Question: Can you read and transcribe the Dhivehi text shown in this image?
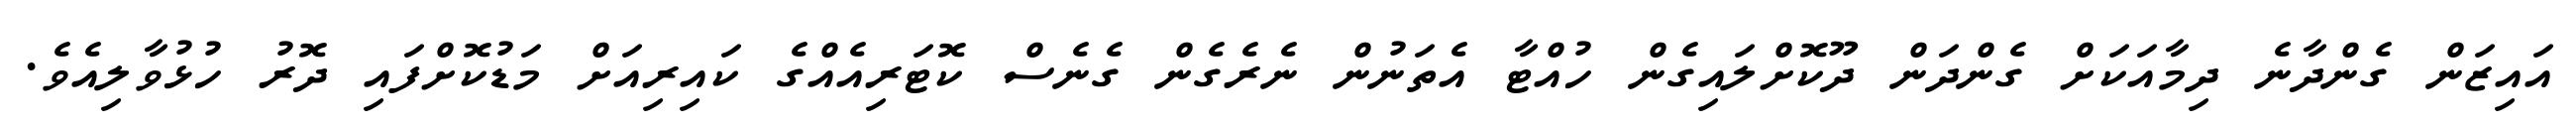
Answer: އައިޒަން ގެންދާނެ ދިމާއަކަށް ގެންދަން ދޫކޮށްލައިގެން ހުއްޓާ އެތަނުން ނެރެގެން ގެނެސް ކޮޓަރިއެއްގެ ކައިރިއަށް މަޑުކޮށްފައި ދޮރު ހުޅުވާލިއެވެ.